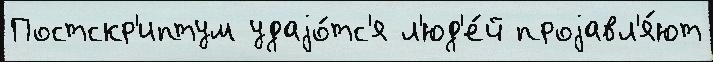
Постскр'иптум удаjо́тс'я л'юд'е́й проjавл'я́ют